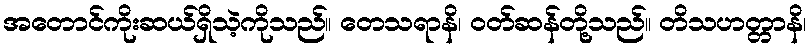
အတောင်ကိုးဆယ်ရှိသဲ့ကိုသည်။ တေသရာနိ၊ ဝတ်ဆန်တို့သည်။ တိသဟတ္တာနိ၊